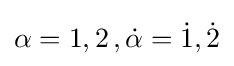
\alpha =1,2\,,{\dot {\alpha }}={\dot {1}},{\dot {2}}